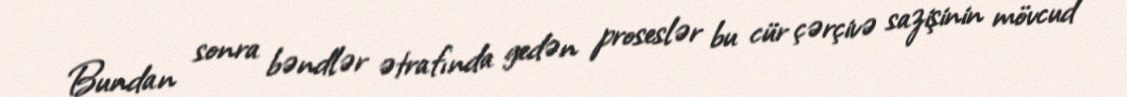
Bundan sonra bəndlər ətrafında gedən proseslər bu cür çərçivə sazişinin mövcud